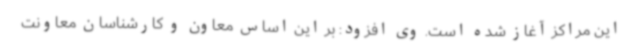
این مراکز آغاز شده است. وی افزود: بر این اساس معاون و کارشناسان معاونت